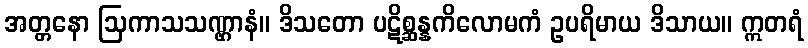
အတ္တနော ဩကာသသဏ္ဌာနံ။ ဒိသတော ပဋိစ္ဆန္နကိလောမကံ ဥပရိမာယ ဒိသာယ။ ဣတရံ